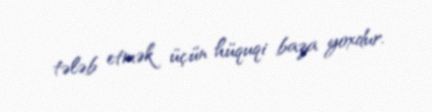
tələb etmək üçün hüquqi baza yoxdur.